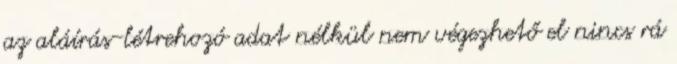
az aláírás-létrehozó adat nélkül nem végezhető el nincs rá